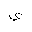
Letter: _ya